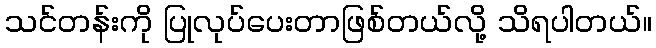
သင်တန်းကို ပြုလုပ်ပေးတာဖြစ်တယ်လို့ သိရပါတယ်။